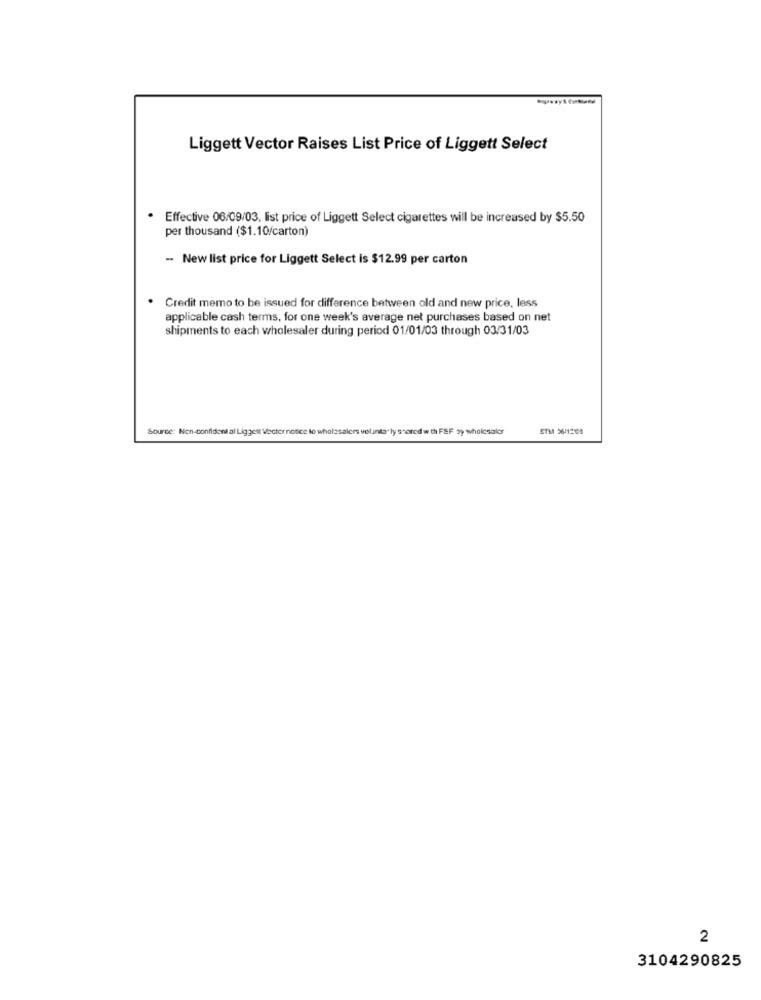
Liggett Vector Raises List Price of Liggett Select
· Effective 06/09/03, list price of Liggett Select cigarettes will be increased by $5.50
per thousand ($1.10/carton)
-- New list price for Liggett Select is $12.99 per carton
Credit memo to be issued for difference between old and new price, less
applicable cash terms, for one week's average net purchases based on net
shipments to each wholesaler during period 01/01/03 through 03/31/03
Source: Non-confident al Liggett Vecter notice to wholesalers volunta ly shared with FSF zy wholesaler
STM 96/12:08
2
3104290825